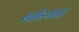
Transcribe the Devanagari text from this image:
स्वीडनात